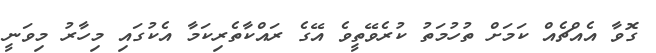
ގޮވާ އެއްޗެއް ކަމަށް ތުހުމަތު ކުރެވޭތީވެ އޭގެ ރައްކާތެރިކަމާ އެކުގައި މިހާރު މިވަނީ